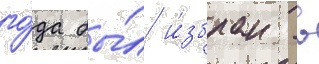
го́да бы́л и́збран в